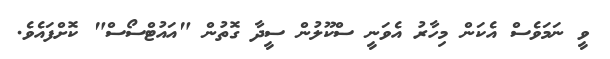
ވީ ނަމަވެސް އެކަން މިހާރު އެވަނީ ސްކޫލުން ސީދާ ގޮތުން "އައުޓްސޯސް" ކޮށްފައެވެ.